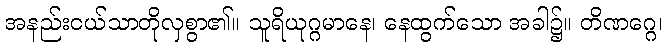
အနည်းငယ်သာတိုလှစွာ၏။ သူရိယုဂ္ဂမာနေ၊ နေထွက်သော အခါ၌။ တိဏဂ္ဂေ၊